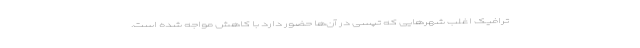
ترافیک اغلب شهرهایی که تپسی در آن‌ها حضور دارد با کاهش مواجه شده است.